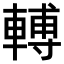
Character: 𨍭